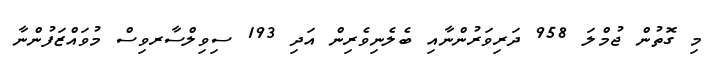
މި ގޮތުން ޖުމްލަ 958 ދަރިވަރުންނާއި ބެލެނިވެރިން އަދި 193 ސިވިލްސާރވިސް މުވައްޒަފުންނާ